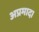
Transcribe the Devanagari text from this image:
अप्रमाद।